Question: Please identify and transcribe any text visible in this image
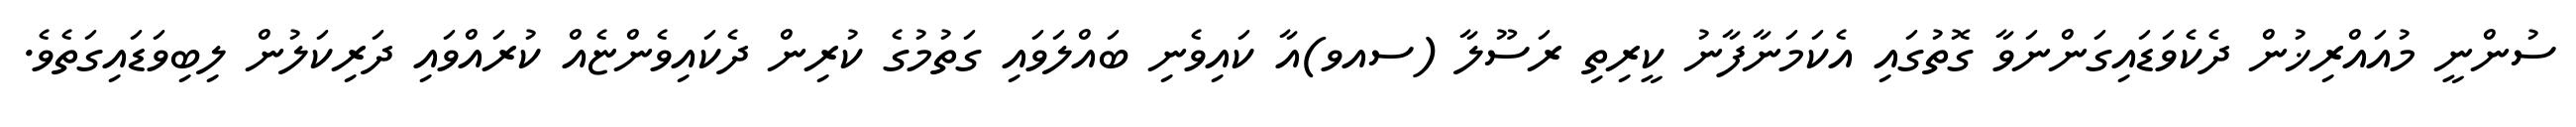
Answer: ސުންނީ މުއައްރިޚުން ދެކެވަޑައިގަންނަވާ ގޮތުގައި އެކަމަނާފާނު ކީރިތި ރަސޫލާ (ސއވ)އާ ކައިވެނި ބައްލަވައި ގަތުމުގެ ކުރިން ދެކައިވެންޏެއް ކުރައްވައި ދަރިކަލުން ލިބިވަޑައިގަތެވެ.